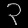
Digit: ၃